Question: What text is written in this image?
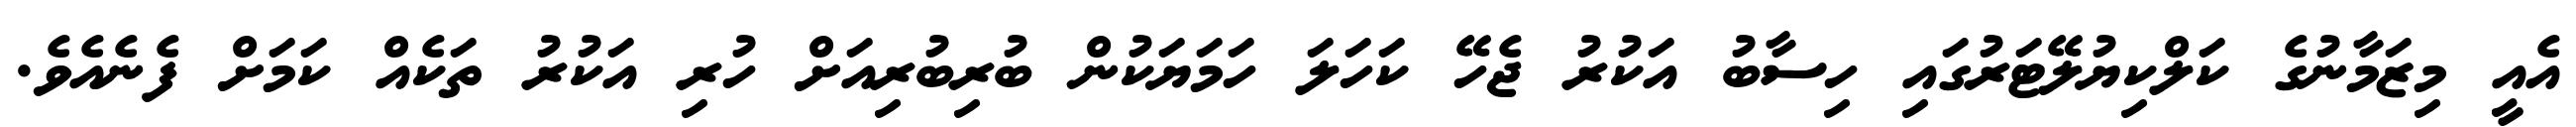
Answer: އެއީ މިޒަމާނުގެ ކަލްކިޔުލޭޓަރުގައި ހިސާބު އަކުރު ޖެހޭ ކަހަލަ ހަމަޔަކުން ބުރިބުރިއަށް ހުރި އަކުރު ތަކެއް ކަމަށް ފެނެއެވެ.